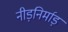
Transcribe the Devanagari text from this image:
नीड़निर्माड़